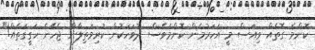
ކޮންމެ ގޮތެއް ވިއަސް މީ އަހަރުމެން ކޮންމެވެސް ދުވަހަކުން ކުރިމަތިލާން ޖެހޭނެ ހަގީގަތެއް!"